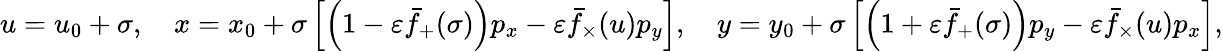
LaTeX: \begin{array}{r}{u=u_{0}+\sigma,\quad x=x_{0}+\sigma\left[\left(1-\varepsilon\bar{f}_{+}(\sigma)\right)p_{x}-\varepsilon\bar{f}_{\times}(u)p_{y}\right],\quad y=y_{0}+\sigma\left[\left(1+\varepsilon\bar{f}_{+}(\sigma)\right)p_{y}-\varepsilon\bar{f}_{\times}(u)p_{x}\right],}\end{array}